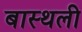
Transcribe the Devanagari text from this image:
बास्थली